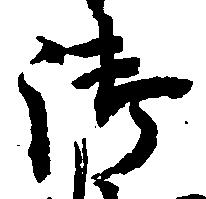
御